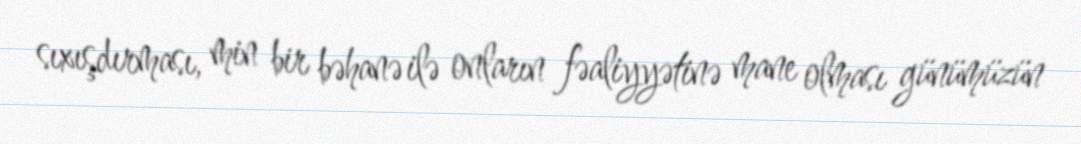
sıxışdırması, min bir bəhanə ilə onların fəaliyyətinə mane olması günümüzün